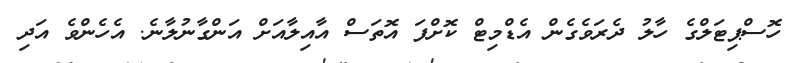
ހޮސްޕިޓަލްގެ ހާލު ދެރަވެގެން އެޑްމިޓް ކޮށްފަ އޮތަސް އާއިލާއަށް އަންގާނުލާނެ. އެހެންވެ އަދި